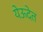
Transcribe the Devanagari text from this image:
येऊदेत